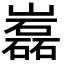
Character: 𡾏